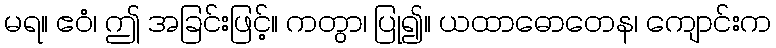
မရ။ ဧဝံ၊ ဤ အခြင်းဖြင့်။ ကတွာ၊ ပြု၍။ ယထာဓောတေန၊ ကျောင်းက